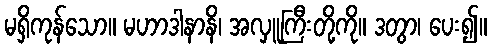
မရှိကုန်သော။ မဟာဒါနာနိ၊ အလှူကြီးတို့ကို။ ဒတွာ၊ ပေး၍။